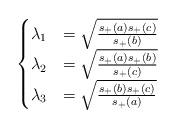
LaTeX: \begin{align*}\begin{cases}\lambda_1 &= \sqrt{\frac{s_{+}(a)s_{+}(c)}{s_{+}(b)}}\\\lambda_2 &= \sqrt{\frac{s_{+}(a)s_{+}(b)}{s_{+}(c)}}\\\lambda_3 &= \sqrt{\frac{s_{+}(b)s_{+}(c)}{s_{+}(a)}}\end{cases}\end{align*}